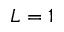
L = 1